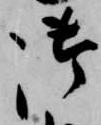
御